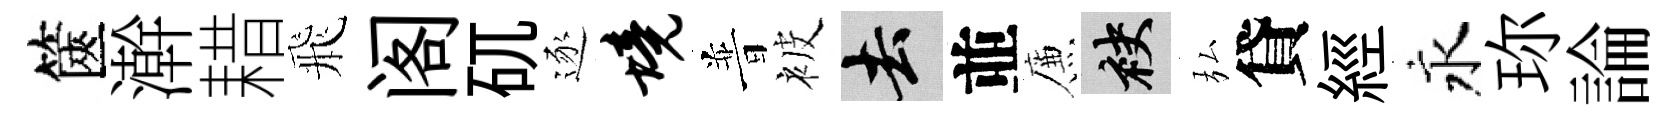
篋澣耤飛阁矹逐境普被去並簾袂弘貸經永珎論